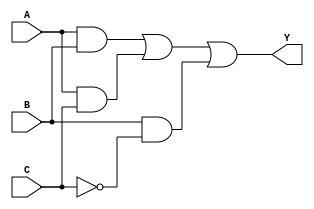
module combinational_logic (
    input wire A,      // Input A
    input wire B,      // Input B
    input wire C,      // Input C
    output wire Y      // Output Y
);

// Define the output based on the truth table
// Let's assume the following truth table:
// A B C | Y
// 0 0 0 | 0
// 0 0 1 | 1
// 0 1 0 | X (don't care)
// 0 1 1 | 1
// 1 0 0 | 0
// 1 0 1 | X (don't care)
// 1 1 0 | 1
// 1 1 1 | 1

assign Y = (A & B) | (A & C) | (B & ~C); // Simplified expression considering don't care conditions

endmodule